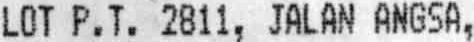
LOT P.T. 2811, JALAN ANGSA,